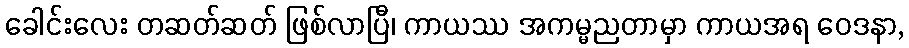
ခေါင်းလေး တဆတ်ဆတ် ဖြစ်လာပြီ၊ ကာယဿ အကမ္မညတာမှာ ကာယအရ ဝေဒနာ,